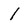
Character: 1